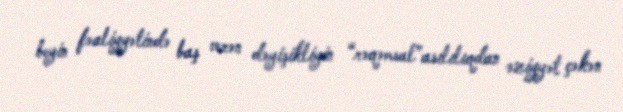
beyin fəaliyyətində baş verən dəyişikliyin “rəqəmsal”asılılıqdan əziyyət çəkən